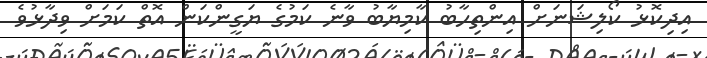
އިދިކޮޅު ކޯލިޝަނަށް އިންތިހާބު ކާމިޔާބު ވާނެ ކަމުގެ ޔަގީންކަން އޮތް ކަމަށް ވިދާޅުވެ